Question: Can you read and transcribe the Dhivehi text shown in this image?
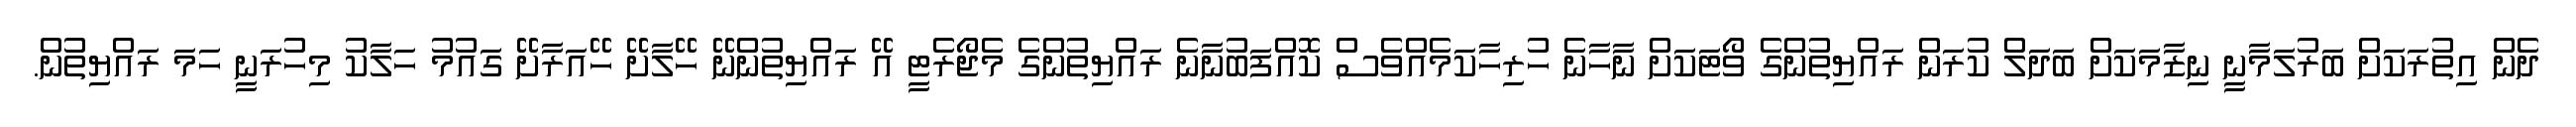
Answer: ދެން އިތުރަކަށް ބަރުލަމާނީ ނިޒާމަކަށް ބަދަލް ކުރަން ރައްޔިތުންގެ ވޯޓަކަށް ނާހާނެ ހުރިހާކަމެއްވެސް ކޮއްފަބުނާނެ ރައްޔިތުންގެ މެޖޯރެޓީ އޭ ރައްޔިތުންނޭ ހޭލާށޭ ހޭއަރާށޭ ގައުމު ހަލާކު މިހުރަނީ ހަމަ ރައްޔިތުން.